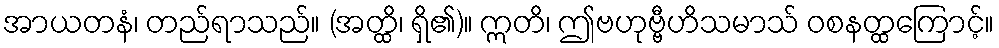
အာယတနံ၊ တည်ရာသည်။ (အတ္ထိ၊ ရှိ၏)။ ဣတိ၊ ဤဗဟုဗ္ဗီဟိသမာသ် ဝစနတ္ထကြောင့်။